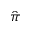
\hat { \pi }